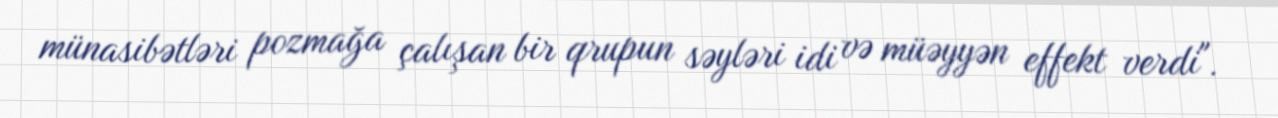
münasibətləri pozmağa çalışan bir qrupun səyləri idi və müəyyən effekt verdi".